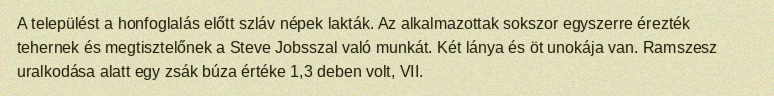
A települést a honfoglalás előtt szláv népek lakták. Az alkalmazottak sokszor egyszerre érezték tehernek és megtisztelőnek a Steve Jobsszal való munkát. Két lánya és öt unokája van. Ramszesz uralkodása alatt egy zsák búza értéke 1,3 deben volt, VII.